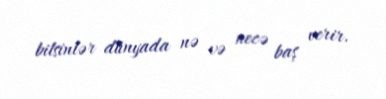
bilsinlər dünyada nə və necə baş verir.